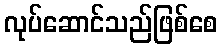
လုပ်ဆောင်သည်ဖြစ်စေ